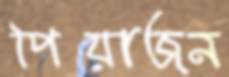
পিয়াজন